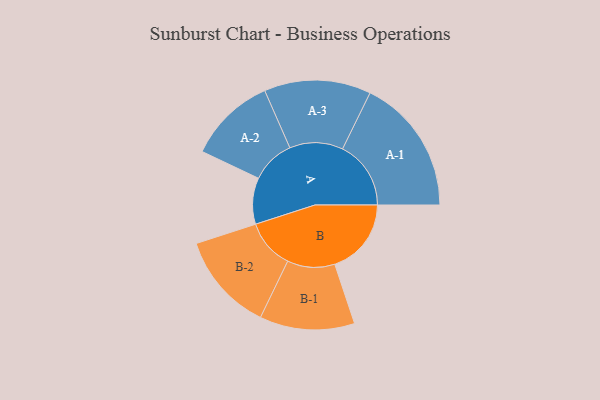
{"axis": {"x": "Segment", "y": "Value"}, "legend": ["", "A", "B"], "data": [{"x": "A", "y": 164, "type": ""}, {"x": "B", "y": 271, "type": ""}, {"x": "A-1", "y": 242, "type": "A"}, {"x": "A-2", "y": 155, "type": "A"}, {"x": "A-3", "y": 189, "type": "A"}, {"x": "B-1", "y": 168, "type": "B"}, {"x": "B-2", "y": 175, "type": "B"}]}